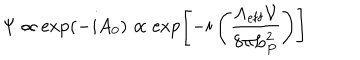
\Psi \propto \exp ( - i A _ { 0 } ) \propto \exp \left[ - i \left( { \frac { \Lambda _ { \mathrm { e f f } } { \mathcal V } } { 8 \pi L _ { P } ^ { 2 } } } \right) \right]